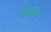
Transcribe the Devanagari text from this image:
केराक